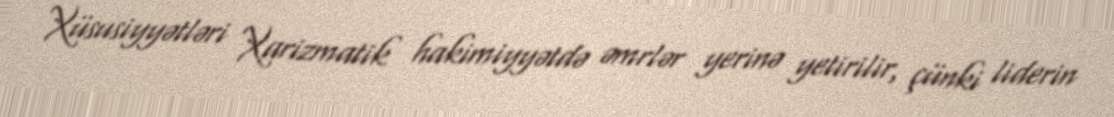
Xüsusiyyətləri Xarizmatik hakimiyyətdə əmrlər yerinə yetirilir, çünki liderin